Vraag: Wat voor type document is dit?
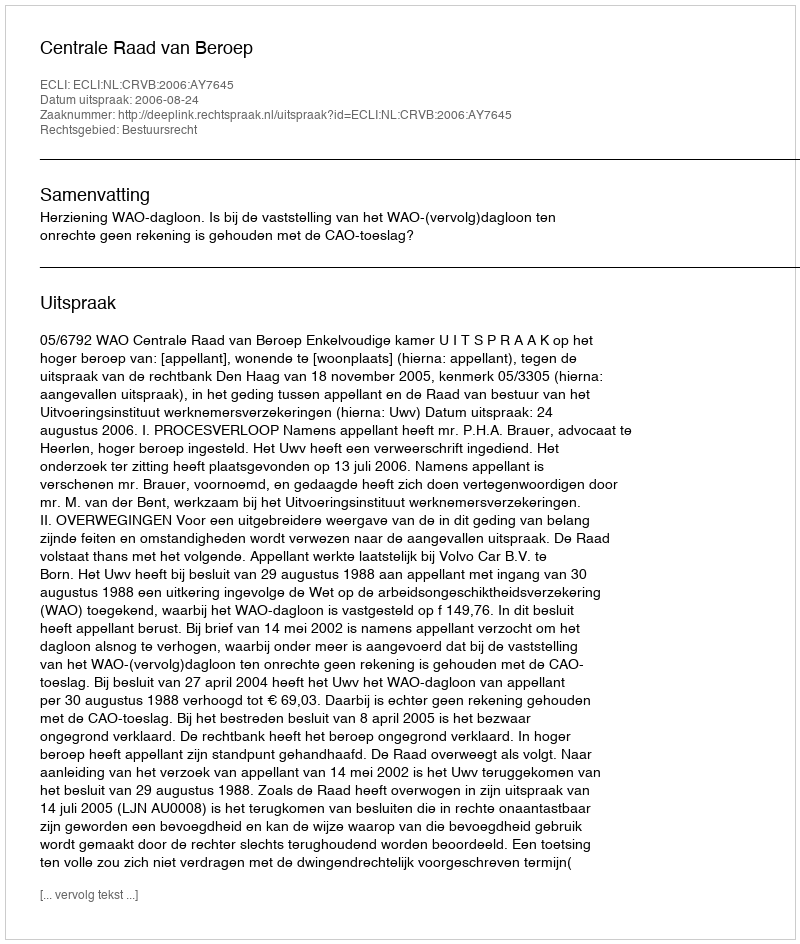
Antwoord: Uitspraak